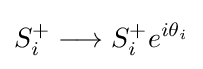
S_{i}^{+}\longrightarrow S_{i}^{+}e^{i\theta _{i}}